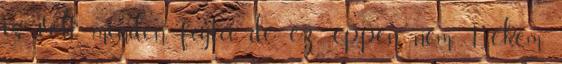
is volt minden fajta, de ez éppen nem. Nekem